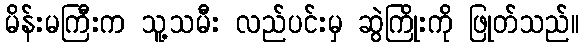
မိန်းမကြီးက သူ့သမီး လည်ပင်းမှ ဆွဲကြိုးကို ဖြုတ်သည်။